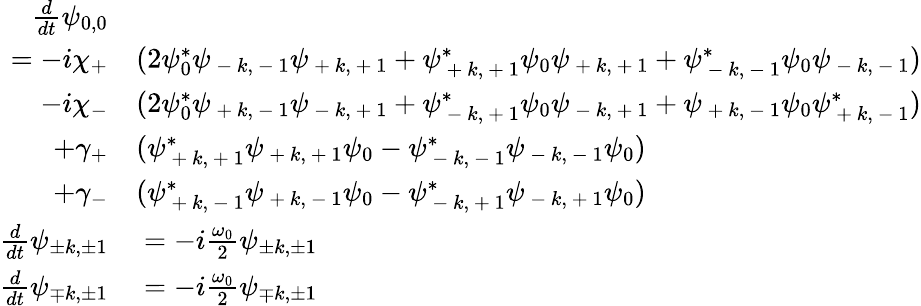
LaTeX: \begin{array}{rl}{\frac{d}{dt}\psi_{0,0}}&{{}}\\ {=-i\chi_{+}}&{{}(2\psi_{0}^{*}\psi_{\mathrm{~-~}k,\mathrm{~-~}1}\psi_{\mathrm{~+~}k,\mathrm{~+~}1}+\psi_{\mathrm{~+~}k,\mathrm{~+~}1}^{*}\psi_{0}\psi_{\mathrm{~+~}k,\mathrm{~+~}1}+\psi_{\mathrm{~-~}k,\mathrm{~-~}1}^{*}\psi_{0}\psi_{\mathrm{~-~}k,\mathrm{~-~}1})}\\ {-i\chi_{-}}&{{}(2\psi_{0}^{*}\psi_{\mathrm{~+~}k,\mathrm{~-~}1}\psi_{\mathrm{~-~}k,\mathrm{~+~}1}+\psi_{\mathrm{~-~}k,\mathrm{~+~}1}^{*}\psi_{0}\psi_{\mathrm{~-~}k,\mathrm{~+~}1}+\psi_{\mathrm{~+~}k,\mathrm{~-~}1}\psi_{0}\psi_{\mathrm{~+~}k,\mathrm{~-~}1}^{*})}\\ {+\gamma_{+}}&{{}(\psi_{\mathrm{~+~}k,\mathrm{~+~}1}^{*}\psi_{\mathrm{~+~}k,\mathrm{~+~}1}\psi_{0}-\psi_{\mathrm{~-~}k,\mathrm{~-~}1}^{*}\psi_{\mathrm{~-~}k,\mathrm{~-~}1}\psi_{0})}\\ {+\gamma_{-}}&{{}(\psi_{\mathrm{~+~}k,\mathrm{~-~}1}^{*}\psi_{\mathrm{~+~}k,\mathrm{~-~}1}\psi_{0}-\psi_{\mathrm{~-~}k,\mathrm{~+~}1}^{*}\psi_{\mathrm{~-~}k,\mathrm{~+~}1}\psi_{0})}\\ {\frac{d}{dt}\psi_{\pm k,\pm 1}}&{{}=-i\frac{\omega_{0}}{2}\psi_{\pm k,\pm 1}}\\ {\frac{d}{dt}\psi_{\mp k,\pm 1}}&{{}=-i\frac{\omega_{0}}{2}\psi_{\mp k,\pm 1}}\end{array}